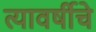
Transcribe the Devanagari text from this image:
त्यावर्षीचे